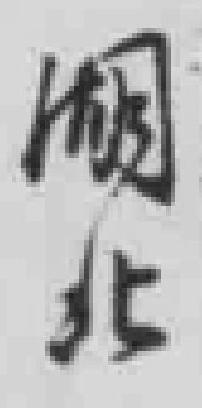
烟北